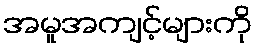
အမူအကျင့်များကို